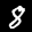
Label: 8